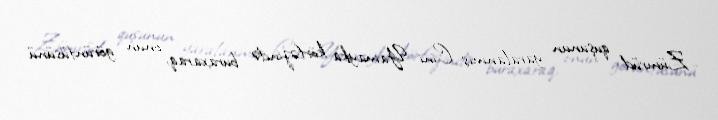
Zümrüd quşunun yaralanmış Cini Yamayka körfəzində buraxaraq, onun görüntüsünü